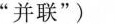
”并联”)